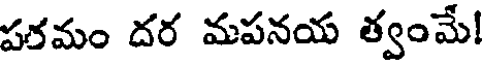
పరమం దర మపనయ త్వంమే!